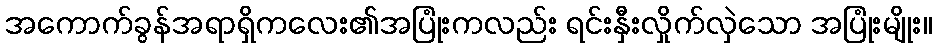
အကောက်ခွန်အရာရှိကလေး၏အပြုံးကလည်း ရင်းနှီးလှိုက်လှဲသော အပြုံးမျိုး။